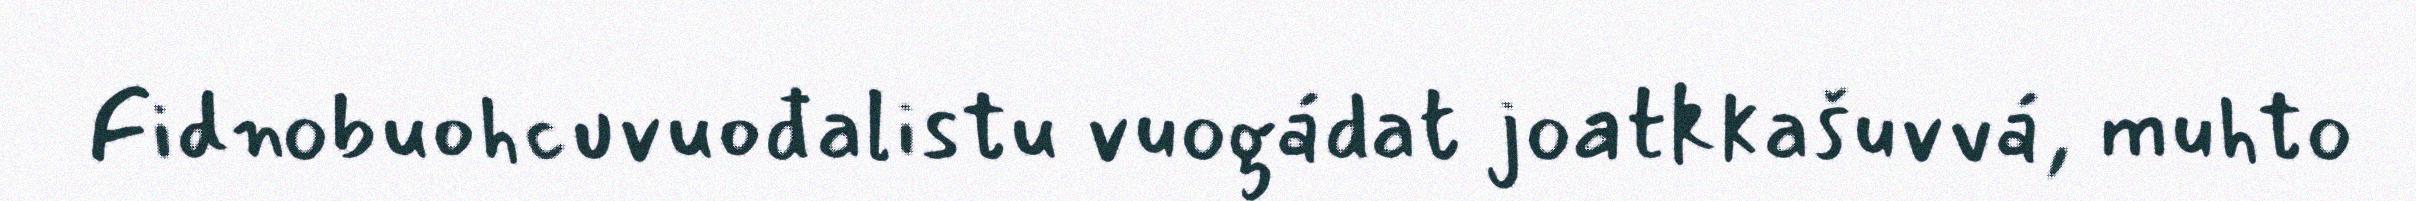
Fidnobuohcuvuođalistu vuogádat joatkkašuvvá, muhto